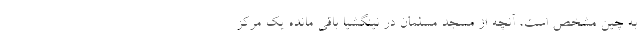
به چین مشخص است، آنچه از مسجد مسلمان در نینگشیا باقی مانده یک مرکز